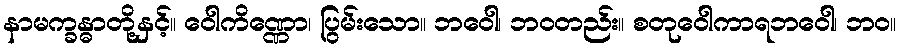
နာမက္ခန္ဓာတို့နှင့်။ ဝေါကိဏ္ဏော၊ ပြွမ်းသော။ ဘဝေါ၊ ဘဝတည်း။ စတုဝေါကာရဘဝေါ၊ ဘဝ။